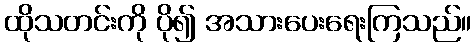
ထိုသတင်းကို ပို၍ အသားပေးရေးကြသည်။